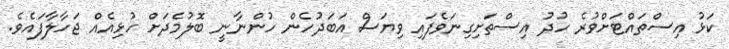
ކަޅު އިސްތައްޓަށްވުރެ ހުދު އިސްތަށިގިނަވެފައި ވިޔަސް އަބަދުހެން ހުންނާނީ ބޮލުމެދަށް ހުޅިއެއް ޖަހާލާފައެވެ.